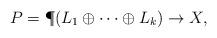
LaTeX: \begin{align*}P=\P(L_1\oplus\cdots\oplus L_k)\rightarrow X,\end{align*}